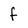
Character: f